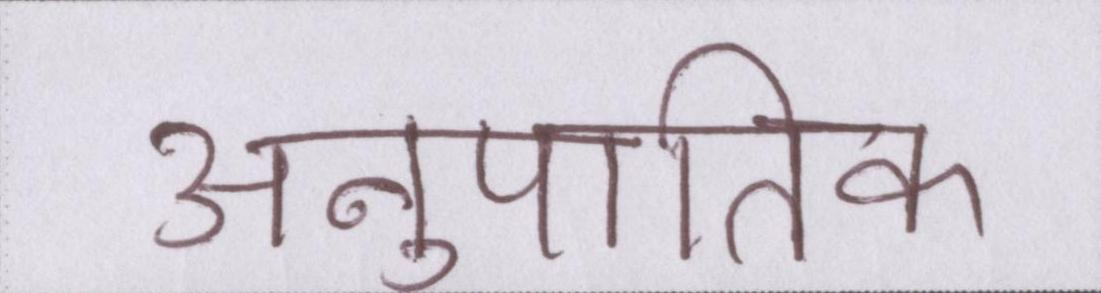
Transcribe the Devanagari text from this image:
अनुपातिक